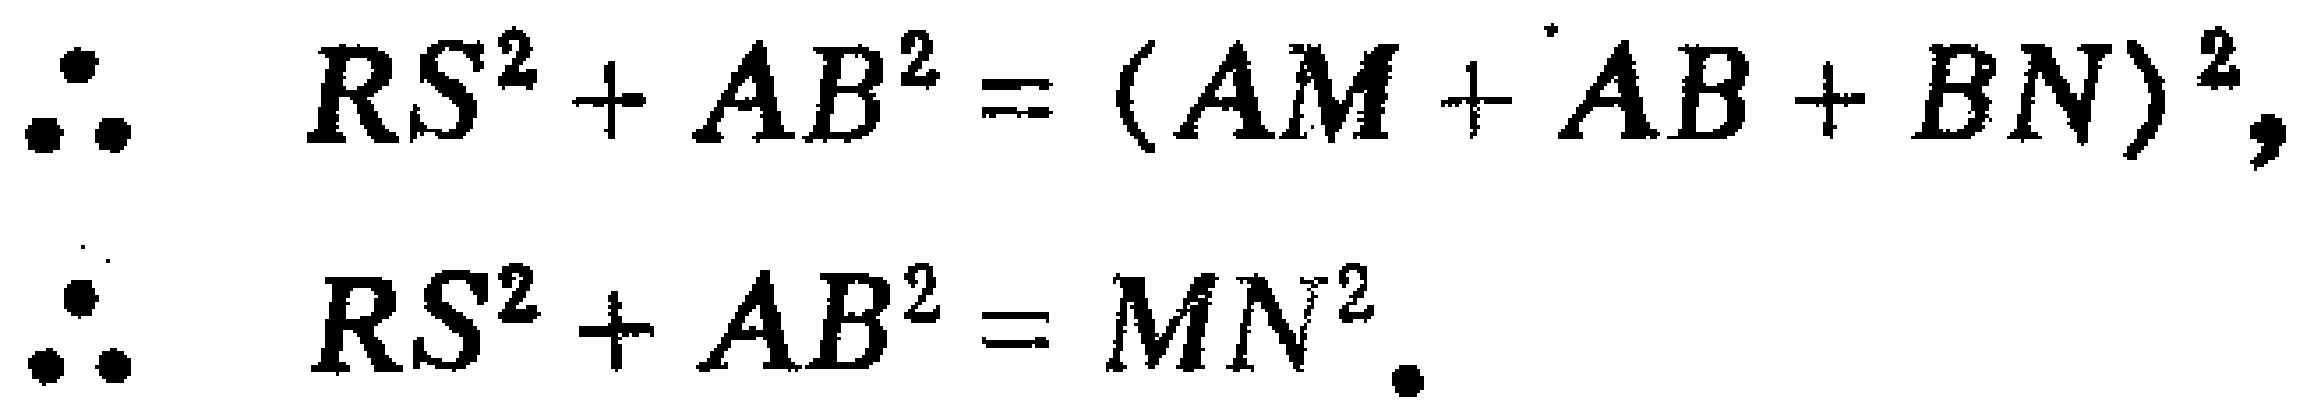
\[\begin{align*}
\therefore\quad RS^{2}+AB^{2}&=(AM + AB+BN)^{2},\\
\therefore\quad RS^{2}+AB^{2}&=MN^{2}.
\end{align*}\]